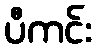
ပီကင်း